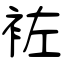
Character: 袏